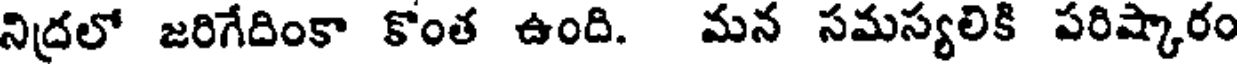
నిద్రలో జరిగేదింకా కొంత ఉంది. మన సమస్యలికి పరిష్కారం